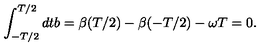
\int _ { - T / 2 } ^ { T / 2 } d t b = \beta ( T / 2 ) - \beta ( - T / 2 ) - \omega T = 0 .